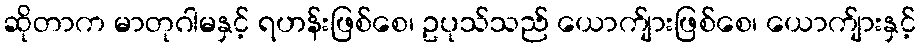
ဆိုတာက မာတုဂါမနှင့် ရဟန်းဖြစ်စေ၊ ဥပုသ်သည် ယောက်ျားဖြစ်စေ၊ ယောက်ျားနှင့်